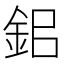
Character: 鈻